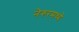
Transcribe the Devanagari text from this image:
नेरुरमध्ये